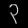
Digit: ၃